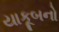
યાકૂબનો